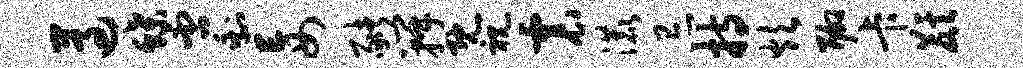
遵蝶否剩妄猪瓣既视震漉忌持炊聊卡麒